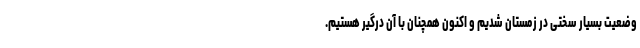
وضعیت بسیار سختی در زمستان شدیم و اکنون همچنان با آن درگیر هستیم.